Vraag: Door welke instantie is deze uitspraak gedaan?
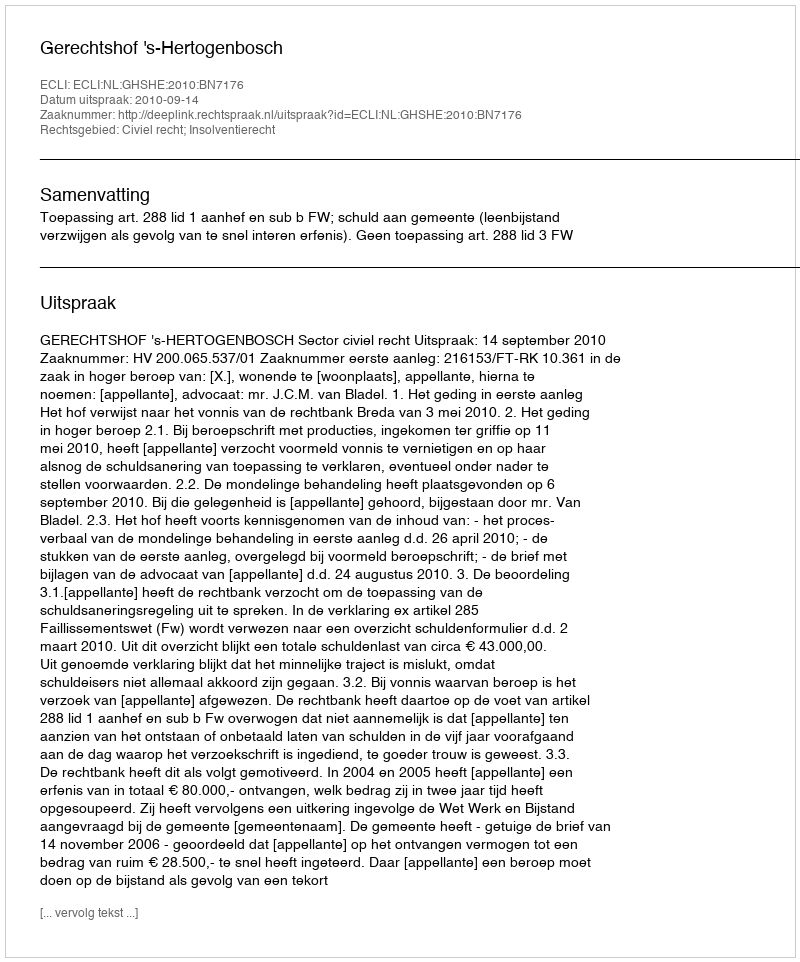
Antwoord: Gerechtshof 's-Hertogenbosch